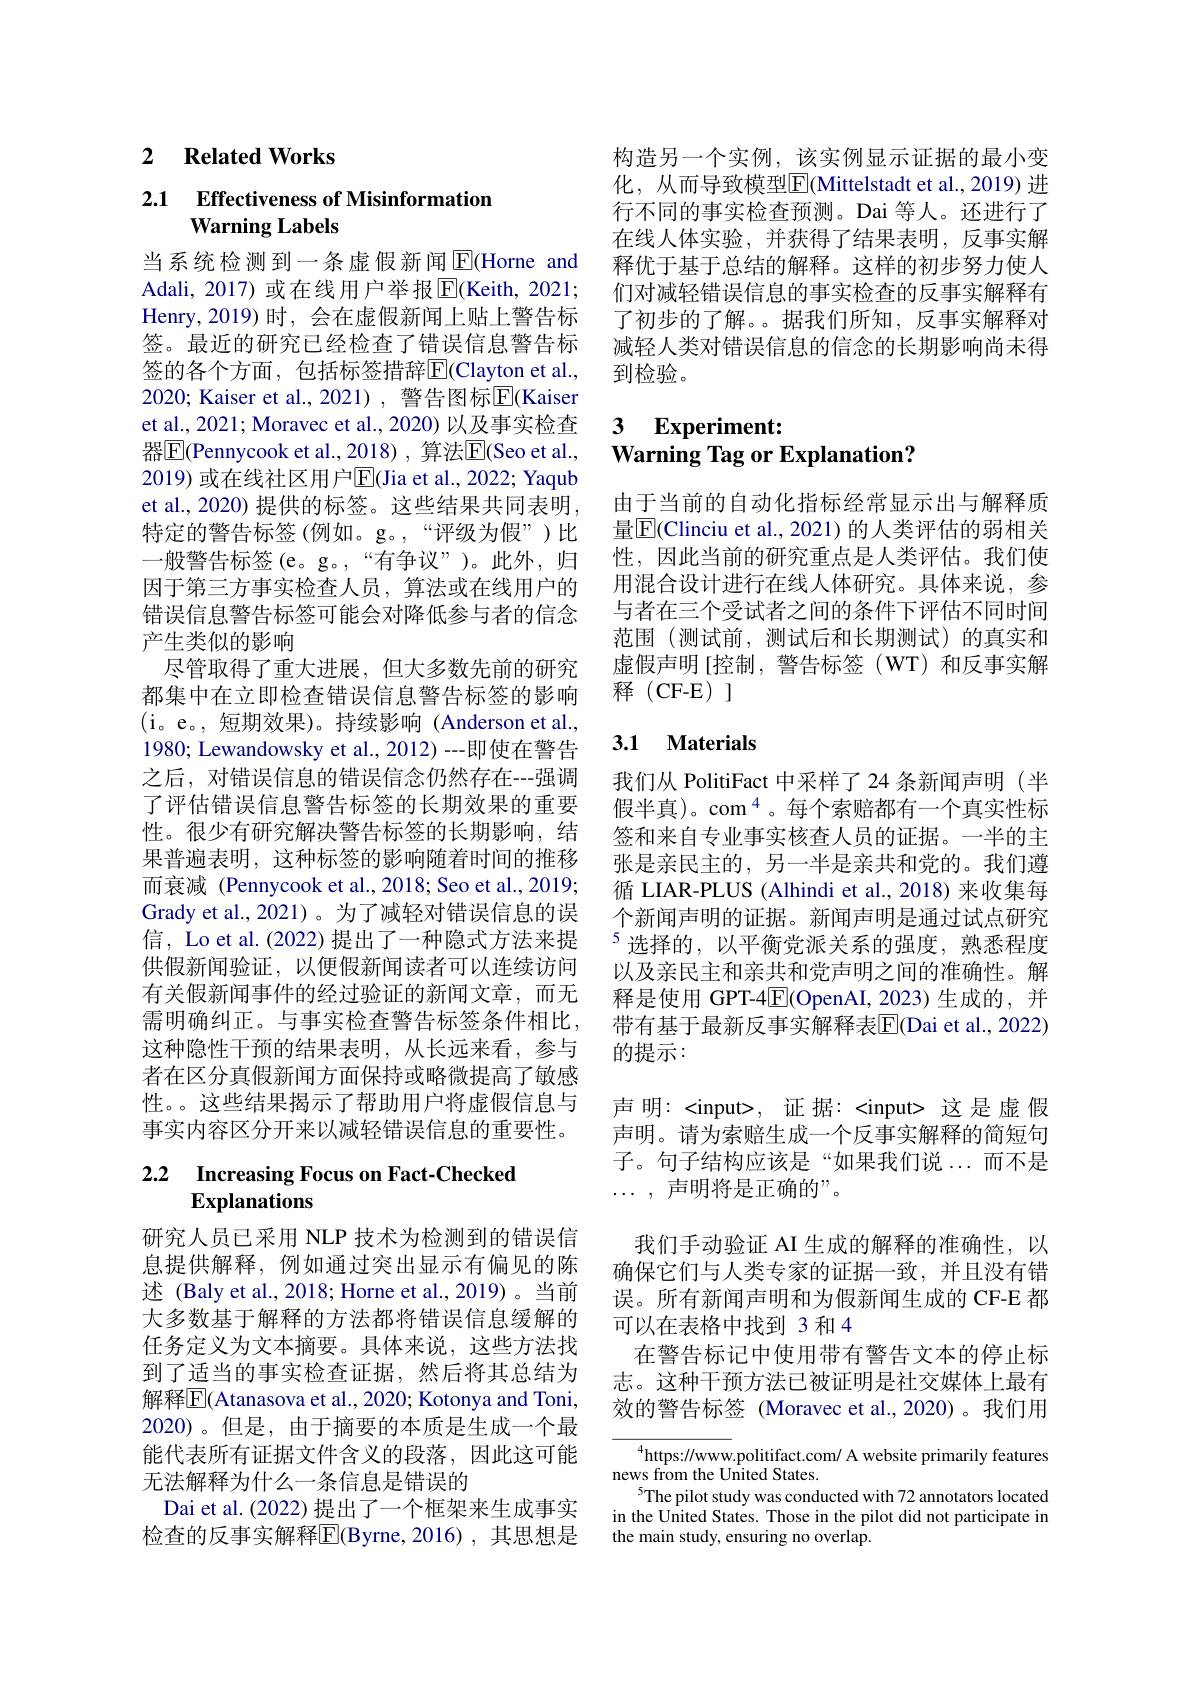
## 2 $\textbf{Related Works}$

## 2.1 $\textbf{Effectiveness of Misinformation}$ Warning Labels

当系统检测到一条虚假新闻$\operatorname{E}$(Horne and Adali, 2017) 或在线用户举报$\overline{\mathrm{E}}($Keith, 2021; Henry,2019)时，会在虚假新闻上贴上警告标签。最近的研究已经检查了错误信息警告标签的各个方面，包括标签措辞E$( Clayton et al. $, 2020; Kaiser et al.,2021), 警告图标$\overline{\mathrm{E}}($Kaiser et al., 2021; Moravec et al., 2020) 以及事实检查器$\overline{\mathrm{E}}$(Pennycook et al.,2018),算法$\overline\mathrm{E}$(Seo et al., 2019) 或在线社区用户$\overline{\mathrm{E}}$(Jia et al., 2022; Yaqub et al., 2020) 提供的标签。这些结果共同表明， 特定的警告标签(例如。g。,“评级为假”)比一般警告标签(e。g。,“有争议”)。此外，归因于第三方事实检查人员，算法或在线用户的错误信息警告标签可能会对降低参与者的信念产生类似的影响
尽管取得了重大进展，但大多数先前的研究都集中在立即检查错误信息警告标签的影响(i。e。,短期效果)。持续影响(Anderson et al., 1980; Lewandowsky et al., 2012)--即使在警告之后，对错误信息的错误信念仍然存在---强调了评估错误信息警告标签的长期效果的重要性。很少有研究解决警告标签的长期影响，结果普遍表明，这种标签的影响随着时间的推移而衰减 (Pennycook et al., 2018; Seo et al., 2019; Grady et al., 2021)。为了减轻对错误信息的误信，Lo et al. (2022) 提出了一种隐式方法来提供假新闻验证，以便假新闻读者可以连续访问有关假新闻事件的经过验证的新闻文章，而无需明确纠正。与事实检查警告标签条件相比， 这种隐性干预的结果表明，从长远来看，参与者在区分真假新闻方面保持或略微提高了敏感性。。这些结果揭示了帮助用户将虚假信息与事实内容区分开来以减轻错误信息的重要性。

# 2.2 $\textbf{Increasing Focus on Fact- Checked}$Explanations

研究人员已采用 NLP 技术为检测到的错误信息提供解释，例如通过突出显示有偏见的陈述 (Baly et al., 2018; Horne et al., 2019)。当前大多数基于解释的方法都将错误信息缓解的任务定义为文本摘要。具体来说，这些方法找到了适当的事实检查证据，然后将其总结为解释$\overline{\mathbb{E}}($Atanasova et al., 2020; Kotonya and Toni, 2020)。但是，由于摘要的本质是生成一个最能代表所有证据文件含义的段落，因此这可能无法解释为什么一条信息是错误的
Dai et al. (2022) 提出了一个框架来生成事实检查的反事实解释$\overline{\mathrm{E}}$(Byrne,2016),其思想是

构造另一个实例，该实例显示证据的最小变化，从而导致模型$\overline{\mathrm{E}}($Mittelstadt et al.,2019) 进行不同的事实检查预测。Dai 等人。还进行了在线人体实验，并获得了结果表明，反事实解释优于基于总结的解释。这样的初步努力使人们对减轻错误信息的事实检查的反事实解释有了初步的了解。。据我们所知，反事实解释对减轻人类对错误信息的信念的长期影响尚未得到检验。

### $\textbf{3}$ $\textbf{Experiment: }$ $\textbf{Warning Tag or Explanation? }$

由于当前的自动化指标经常显示出与解释质量$\mathbb{E}|$Clinciu et al., 2021) 的人类评估的弱相关性，因此当前的研究重点是人类评估。我们使用混合设计进行在线人体研究。具体来说，参与者在三个受试者之间的条件下评估不同时间范围(测试前，测试后和长期测试)的真实和虚假声明[控制，警告标签(WT)和反事实解] 释(CF-E)]

### 3.1 $\mathbf{Materials}$

我们从 PolitiFact 中采样了 24 条新闻声明 (半假半真)。com$^{4}$。每个索赔都有一个真实性标签和来自专业事实核查人员的证据。一半的主张是亲民主的，另一半是亲共和党的。我们遵循 LIAR-PLUS (Alhindi et al., 2018) 来收集每个新闻声明的证据。新闻声明是通过试点研究$^{5}$选择的，以平衡党派关系的强度，熟悉程度以及亲民主和亲共和党声明之间的准确性。解释是使用 GPT-4$\boxed{\mathrm{F}}($OpenAI,2023)生成的，并带有基于最新反事实解释表$\overline{\mathrm{E}}($Dai et al., 2022) 的提示：
声明：<input>,证据：<input>这是虚假声明。请为索赔生成一个反事实解释的简短句子。句子结构应该是“如果我们说...而不是$\ldots$,声明将是正确的”。
我们手动验证 AI 生成的解释的准确性，以确保它们与人类专家的证据一致，并且没有错误。所有新闻声明和为假新闻生成的 CF-E 都可以在表格中找到 3 和 4
在警告标记中使用带有警告文本的停止标志。这种干预方法已被证明是社交媒体上最有效的警告标签 (Moravec et al.,2020)。我们用
$^{4}$https://www.politifact.com/ A website primarily features
news from the United States.

$^{5}$The pilot study was conducted with 72 annotators located in the United States. Those in the pilot did not participate in the main study, ensuring no overlap.